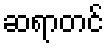
ဆရာတင်